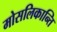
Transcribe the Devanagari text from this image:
मोसलिकान्ति